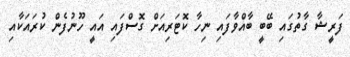
ފަރީޝާ ގާތުގައި ބޭބީ ބާއްވާފައި ނިހާ ކޮޓަރިއަށް ގޮސްފައި އައީ ހޫނުފެން ކުރައަކާއި